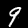
Label: 9